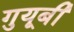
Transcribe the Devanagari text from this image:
गुयूबी